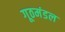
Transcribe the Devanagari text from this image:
गूठमंडल